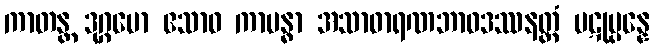
ကာတန္တ ဒုဂ္ဂမော ဧသာဝ ကာမန္ဓာ အသာဓာရဏဘာဝဒဿနတ္ထံ ပဋုပ္ပန္နေ